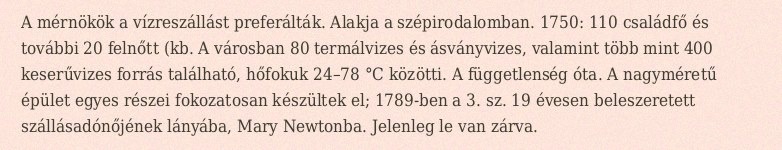
A mérnökök a vízreszállást preferálták. Alakja a szépirodalomban. 1750: 110 családfő és további 20 felnőtt (kb. A városban 80 termálvizes és ásványvizes, valamint több mint 400 keserűvizes forrás található, hőfokuk 24–78 °C közötti. A függetlenség óta. A nagyméretű épület egyes részei fokozatosan készültek el; 1789-ben a 3. sz. 19 évesen beleszeretett szállásadónőjének lányába, Mary Newtonba. Jelenleg le van zárva.